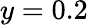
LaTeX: y=0.2